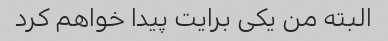
البته من یکی برایت پیدا خواهم کرد